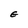
Character: E